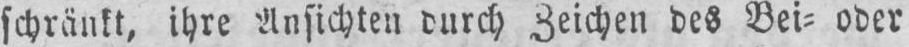
schränkt, ihre Ansichten durch Zeichen des Bei⸗ oder